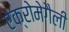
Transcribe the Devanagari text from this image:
ऐक्रोमेगैली